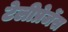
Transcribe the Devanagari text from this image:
टेलीप्रेजेंस